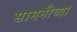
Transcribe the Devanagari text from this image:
सामनीच्या